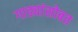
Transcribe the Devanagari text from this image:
गाड्यांसोबत